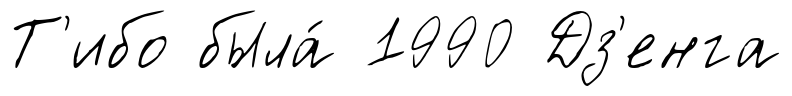
Т'ибо была́ 1990 Дз'енга